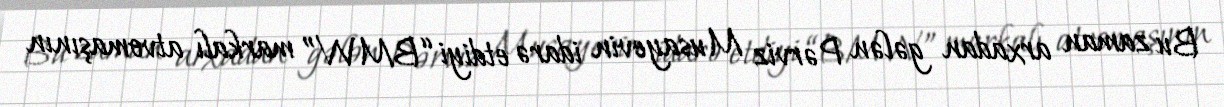
Bu zaman arxadan gələn Pərviz Musayevin idarə etdiyi “BMW” markalı atvomaşının